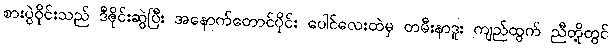
စားပွဲဝိုင်းသည် ဒီဇိုင်းဆွဲပြီး အနောက်တောင်ပိုင်း ပေါင်လေးထဲမှ တမီးနာဒူး ကျည်ထွက် ညီတို့တွင်